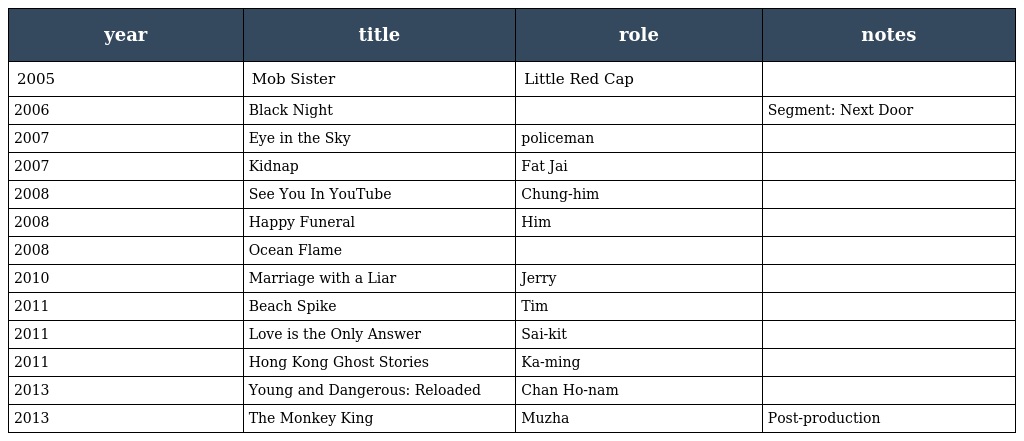
| year | title | role | notes |
 | --- | --- | --- | --- |
 | 2005 | Mob Sister | Little Red Cap |  |
 | 2006 | Black Night |  | Segment: Next Door |
 | 2007 | Eye in the Sky | policeman |  |
 | 2007 | Kidnap | Fat Jai |  |
 | 2008 | See You In YouTube | Chung-him |  |
 | 2008 | Happy Funeral | Him |  |
 | 2008 | Ocean Flame |  |  |
 | 2010 | Marriage with a Liar | Jerry |  |
 | 2011 | Beach Spike | Tim |  |
 | 2011 | Love is the Only Answer | Sai-kit |  |
 | 2011 | Hong Kong Ghost Stories | Ka-ming |  |
 | 2013 | Young and Dangerous: Reloaded | Chan Ho-nam |  |
 | 2013 | The Monkey King | Muzha | Post-production |